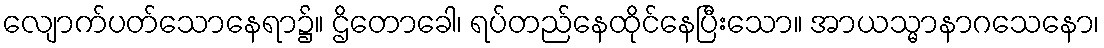
လျောက်ပတ်သောနေရာ၌။ ဌိတောခေါ၊ ရပ်တည်နေထိုင်နေပြီးသော။ အာယသ္မာနာဂသေနော၊